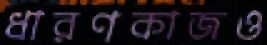
ধারণকাজও